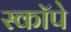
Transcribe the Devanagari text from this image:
स्कॉपे